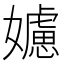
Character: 𡣭